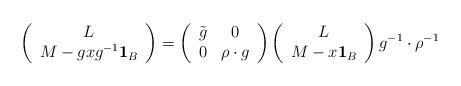
LaTeX: \begin{align*}\left(\begin{array}{c}L\\M-gxg^{-1}{\bf 1}_B\end{array}\right)=\left(\begin{array}{cc} \tilde{g}&0\\0& \rho\cdot g \end{array}\right) \left(\begin{array}{c}L\\M-x{\bf 1}_B\end{array}\right) g^{-1}\cdot \rho^{-1}\end{align*}